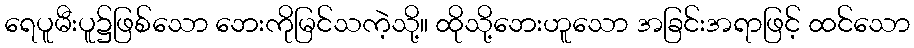
ရေပူမီးပူ၌ဖြစ်သော ဘေးကိုမြင်သကဲ့သို့။ ထိုသို့ဘေးဟူသော အခြင်းအရာဖြင့် ထင်သော